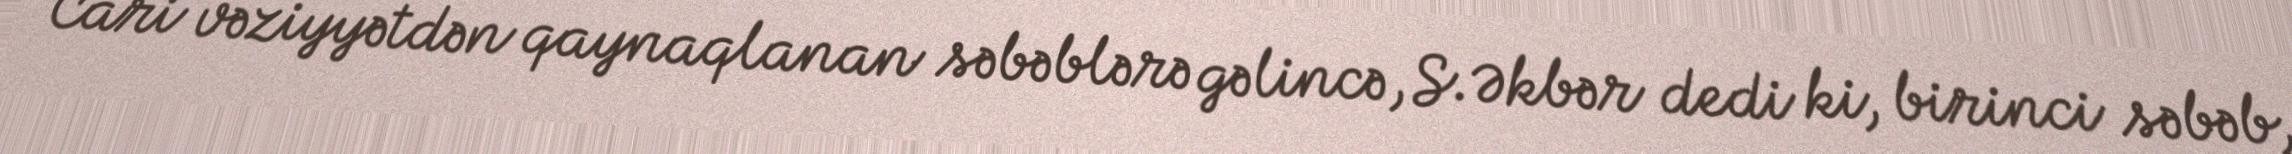
Cari vəziyyətdən qaynaqlanan səbəblərə gəlincə, S.Əkbər dedi ki, birinci səbəb,